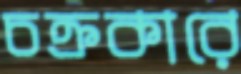
চক্রকারে